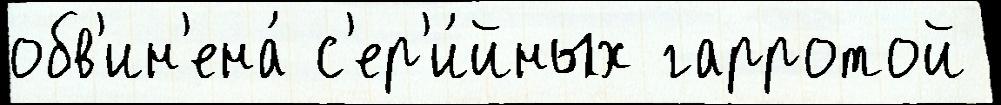
обв'ин'ена́ с'ер'и́йных гарротой